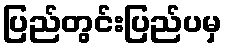
ပြည်တွင်းပြည်ပမှ